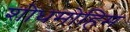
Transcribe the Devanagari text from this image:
शोधमोहिम